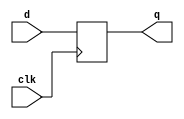
module block( q, 
              d, 
              clk);
  output  q   ; 
  input   d   ; 
  input   clk ;
  
  
  
  reg   q ;
  reg   n1;
  
  
  always@(posedge clk) begin
      n1 = d;
      q = n1;
  end

endmodule

module nonblock( q, 
                 d, 
                 clk);
  output  q   ; 
  input   d   ; 
  input   clk ;

  reg   q ;
  reg   n1;
  
  always @(posedge clk)begin
       n1 <= d;
       q <= n1;
  end
   
   

endmodule




`timescale 1ns/1ns
module tb_bnb;
  
  wire  q1  ;
  wire  q2  ;
  reg   d   ;
  reg   clk ;
  
  initial clk = 1'b0;
  always #(100) clk = ~clk;
  
  block dut_1 (.q(q1),
               .d(d),
               .clk(clk));
               
  nonblock dut_2 (.q(q2),
                  .d(d),
                  .clk(clk));
                  
  initial begin                 
   #(0)  {d} = 1'b1;
   #(50) {d} = 1'b0; 
   #(50) {d} = 1'b1; 
   #(50) {d} = 1'b1; 
   #(50) {d} = 1'b0; 
   #(50) {d} = 1'b0; 
   #(50) {d} = 1'b0; 
   #(50) {d} = 1'b1; 
            
   $finish;
  end
endmodule